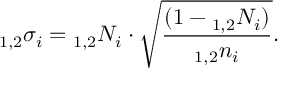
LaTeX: _ { 1 , 2 } \sigma _ { i } = { _ { 1 , 2 } N _ { i } \cdot \sqrt { \frac { ( 1 - { _ { 1 , 2 } N _ { i } } ) } { { _ { 1 , 2 } n _ { i } } } } } .